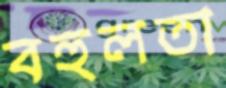
বহুলতা